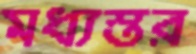
মধ্যস্তর